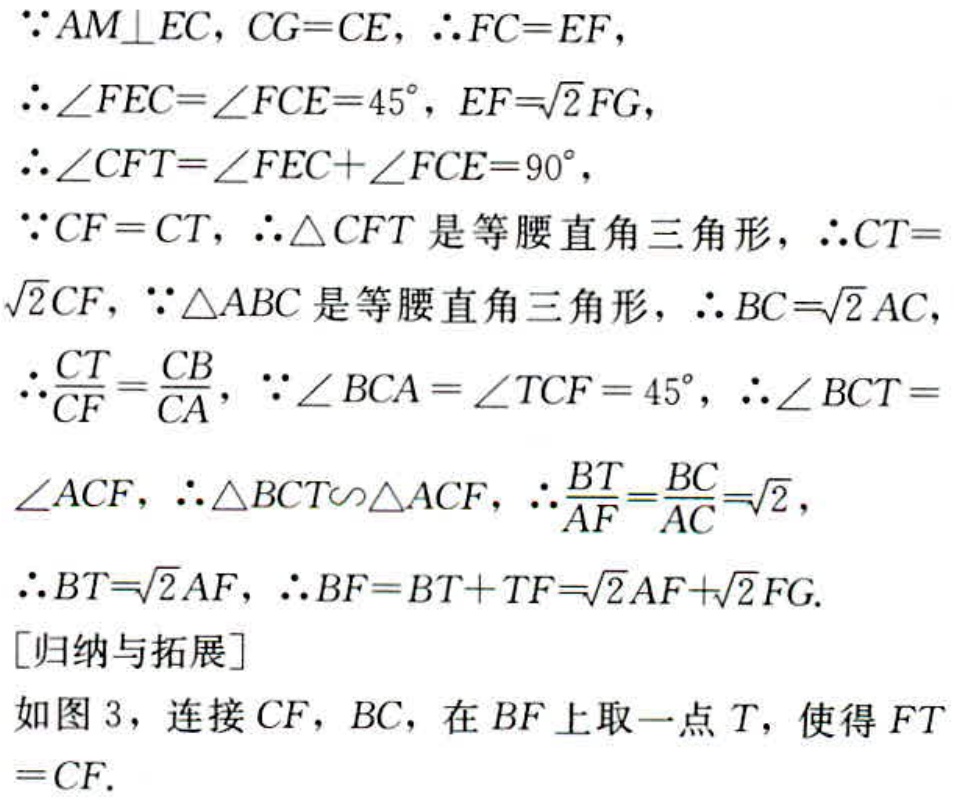
$\because AM\perp EC,\ CG = CE,\ \therefore FC = EF,$
$\therefore\angle FEC=\angle FCE = 45^{\circ},\ EF=\sqrt{2}FG,$
$\therefore\angle CFT=\angle FEC+\angle FCE = 90^{\circ},$
$\because CF = CT,\ \therefore\triangle CFT\text{ 是等腰直角三角形},\ \therefore CT = \sqrt{2}CF,\ \because\triangle ABC\text{ 是等腰直角三角形},\ \therefore BC=\sqrt{2}AC,$
$\therefore\frac{CT}{CF}=\frac{CB}{CA},\ \because\angle BCA=\angle TCF = 45^{\circ},\ \therefore\angle BCT = \angle ACF,\ \therefore\triangle BCT\backsim\triangle ACF,\ \therefore\frac{BT}{AF}=\frac{BC}{AC}=\sqrt{2},$
$\therefore BT=\sqrt{2}AF,\ \therefore BF = BT + TF=\sqrt{2}AF+\sqrt{2}FG.$
[归纳与拓展]
如图 3，连接 \(CF,\ BC\)，在 \(BF\) 上取一点 \(T\)，使得 \(FT = CF.\)